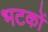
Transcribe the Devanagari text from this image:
भटकों